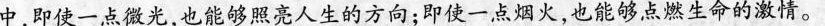
中，即使一点微光，也能够照亮人生的方向；即使一点烟火，也能够点燃生命的激情。